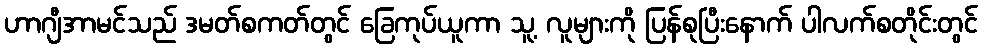
ဟာဂျီအာမင်သည် ဒမတ်စကတ်တွင် ခြေကုပ်ယူကာ သူ့ လူများကို ပြန်စုပြီးနောက် ပါလက်စတိုင်းတွင်